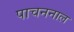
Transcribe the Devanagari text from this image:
पाचननाल